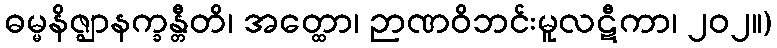
ဓမ္မနိဇ္ဈာနက္ခန္တီတိ၊ အတ္ထော၊ ဉာဏဝိဘင်းမူလဋီကာ၊ ၂၀၂။)